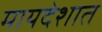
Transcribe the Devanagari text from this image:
मायदेशात